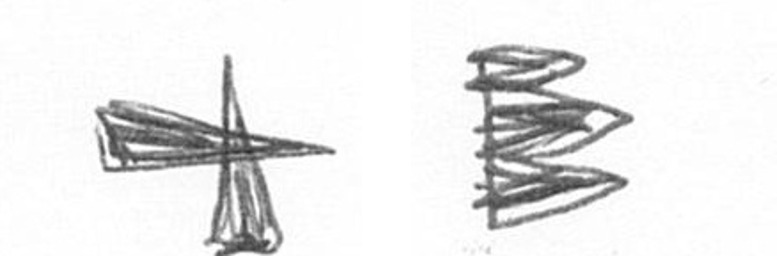
G H